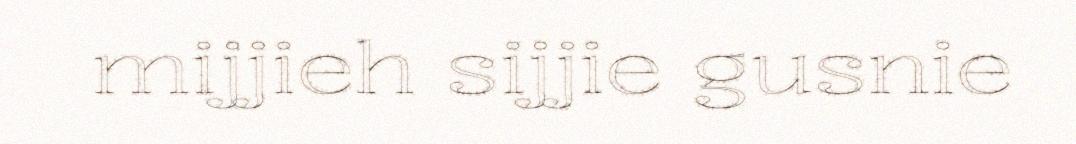
mijjieh sijjie gusnie